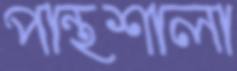
পান্থশালা